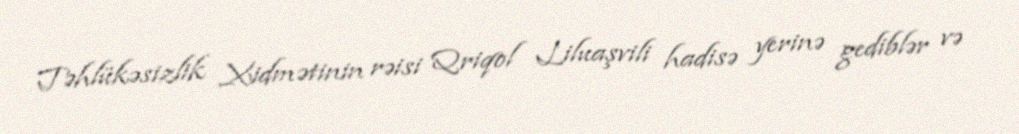
Təhlükəsizlik Xidmətinin rəisi Qriqol Liluaşvili hadisə yerinə gediblər və